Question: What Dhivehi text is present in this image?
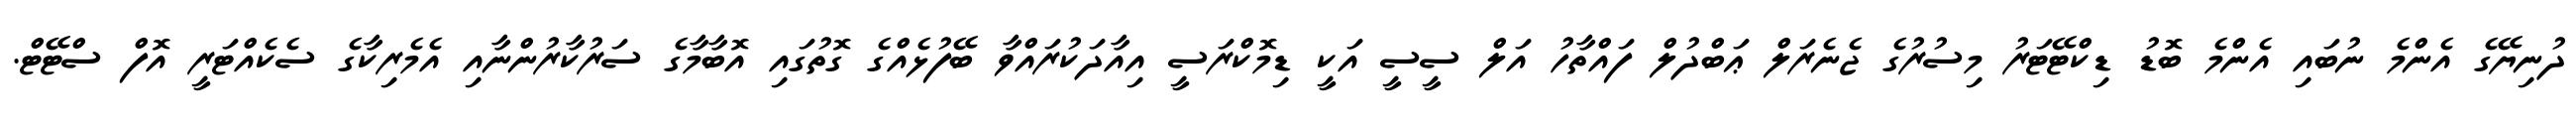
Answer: ދުނިޔޭގެ އެންމެ ނުބައި އެންމެ ބޮޑު ޑިކްޓޭޓަރު މިސުރުގެ ޖެނެރަލް ޢަބްދުލް ފައްތާހު އަލް ސީސީ އަކީ ޑިމޮކްރަސީ އިއާދަކުރައްވާ ބޭފުޅެއްގެ ގޮތުގައި އޮބާމާގެ ސަރުކާރުންނާއި އެމެރިކާގެ ސެކެއްޓަރީ އޮފް ސްޓޭޓް.